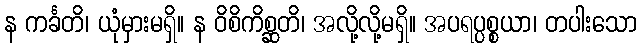
န ကင်္ခတိ၊ ယုံမှားမရှိ။ န ဝိစိကိစ္ဆတိ၊ အလို့လို့မရှိ။ အပရပ္ပစ္စယာ၊ တပါးသော